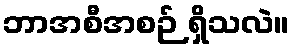
ဘာအစီအစဉ် ရှိသလဲ။